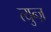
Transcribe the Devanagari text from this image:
त्युन्ज़